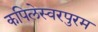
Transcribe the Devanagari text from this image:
कपिलेस्वरपुरम